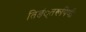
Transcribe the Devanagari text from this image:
तिङं्तरूपिणी